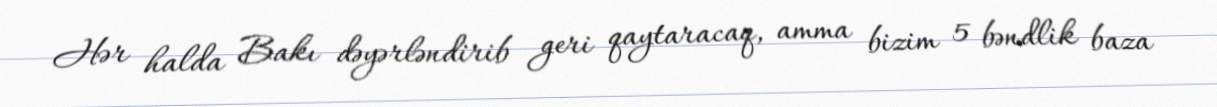
Hər halda Bakı dəyərləndirib geri qaytaracaq, amma bizim 5 bəndlik baza